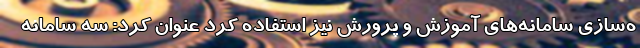
ه‌سازی سامانه‌های آموزش و پرورش نیز استفاده کرد عنوان کرد: سه سامانه